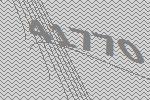
41770